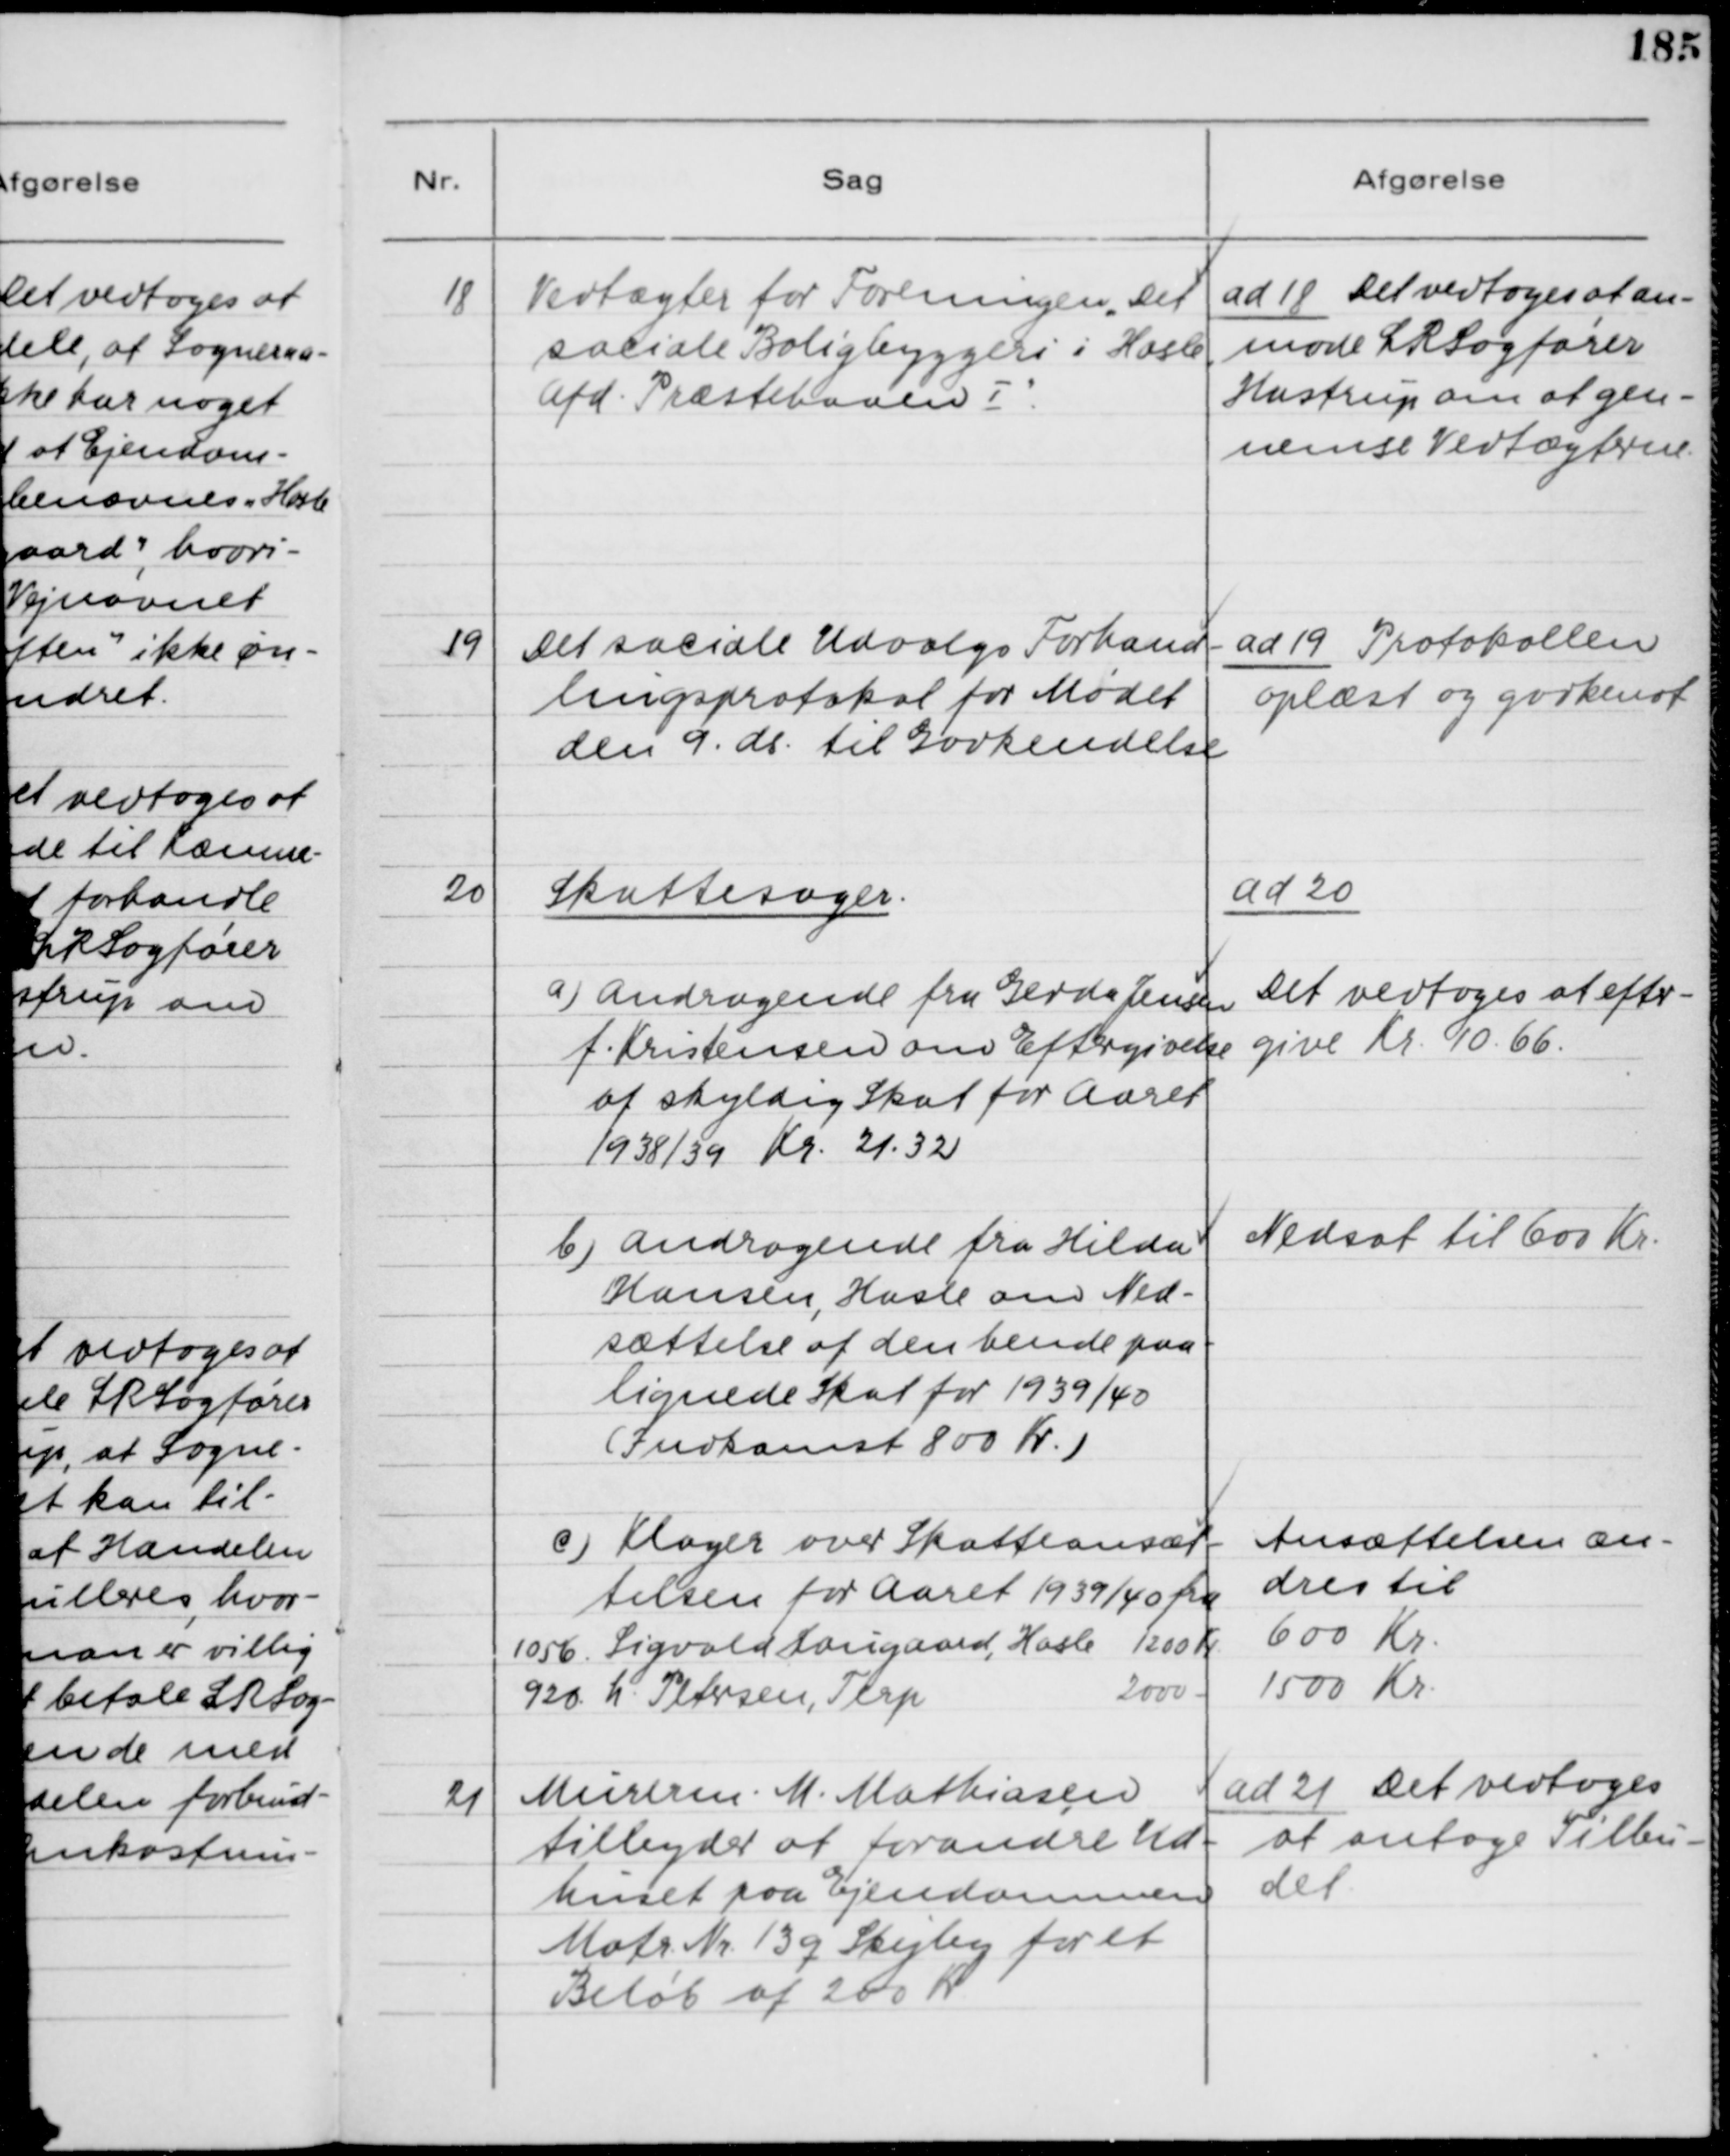
Transskription:
18

Vedtægter for Foreningen "Det
sociale Boligbyggeri i Hasle,
Afd. Præstehaven I".

ad 18. Det vedtoges at an-
mode LRSagfører
Hastrup om at gen-
nemse Vedtægterne.

19

Det sociale Udvalgs Forhand-
lingsprotokol for Mødet
den 9 ds. til Godkendelse

ad 19. Protokollen
oplæst og godkendt

20

Skattesager.
a) Andragende fra Gerda Jensen
f. Kristensen om Eftergivelse
af skyldig Skat for Aaret
1938/39 Kr. 21.32

ad 20.
Det vedtoges at efter-
give Kr. 10.66.

b) Andragende fra Hilda
Hansen, Hasle om Ned-
sættelse af den hende paa-
lignede Skat for 1939/40
(Indkomst 800 Kr.)

Nedsat til 600 Kr.

c) Klager over Skatteansæt-
telsen for Aaret 1939/40 fra

Ansættelsen æn-
dres til

21

Murerm. M. Mathiasen
tilbyder at forandre Ud-
huset paa Ejendommen
Matr. Nr. 13q Skejby for et
Beløb af 200 Kr.

ad 21 Det vedtoges
at antage Tilbu-
det.